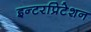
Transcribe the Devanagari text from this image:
इन्टरप्रिटेशन